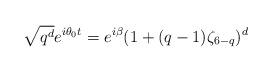
LaTeX: \begin{align*}\sqrt{q^d}e^{i\theta_0t}=e^{i\beta}(1+(q-1)\zeta_{6-q})^d\end{align*}